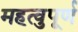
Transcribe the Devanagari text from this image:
महत्वुपूर्ण